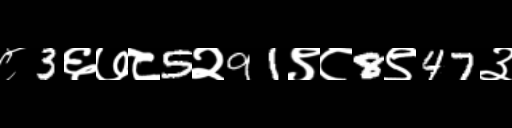
Text: ८3६७८5२91९८8९47३